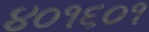
૪૦૧૬૦૧